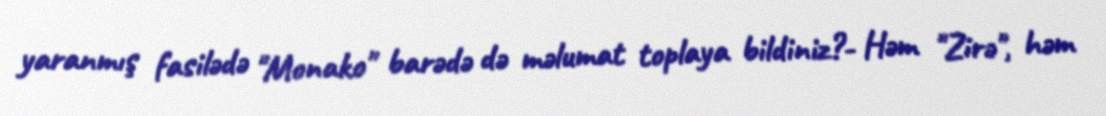
yaranmış fasilədə "Monako" barədə də məlumat toplaya bildiniz?- Həm "Zirə", həm